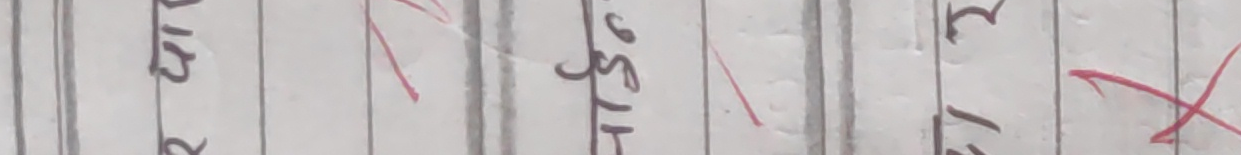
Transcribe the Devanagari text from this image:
र्हाट